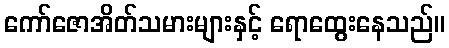
ကော်ဇောအိတ်သမားများနှင့် ရောထွေးနေသည်။